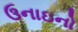
ઉનાઇનો